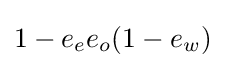
1-e_{e}e_{o}(1-e_{w})